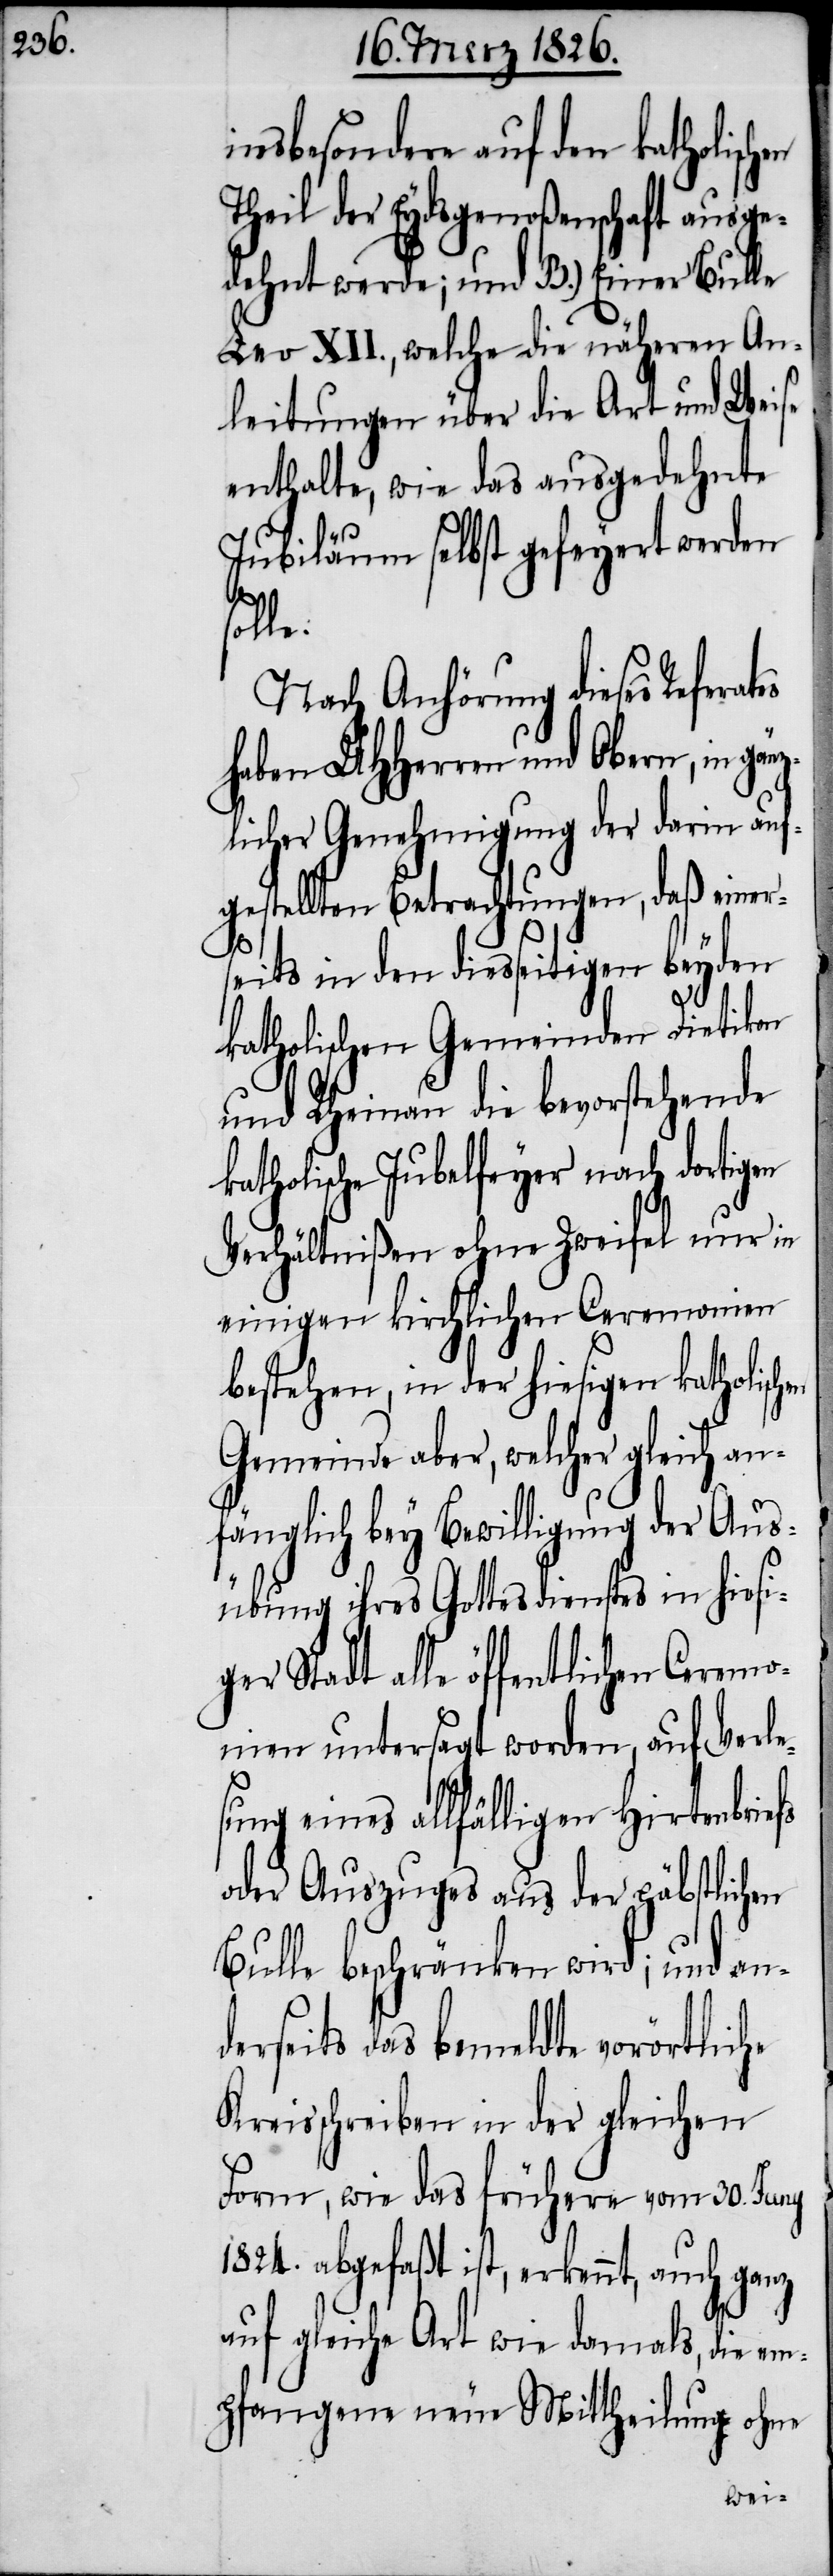
insbesondere auf den katholisch¬
Theil der Eydsgenoßenschaft ausge¬
dehnt werde; und B.) Einer Bulle
Leo XII., welche die näheren An¬
leitungen über die Art und Weise
enthalte, wie das ausgedehnte
Jubiläum selbst gefeyert werden
änz¬
Nach Anhörung dieses Referat¬
haben MHHerren und Obern, in g¬
licher Genehmigung der darin auf¬
gestellten Betrachtungen, daß einer¬
seits in den diesseitigen beyden
katholischen Gemeinden Dietikon
und Rheinau die bevorstehende
katholische Jubelfeyer nach dortigen
Verhältnißen ohne Zweifel nur in
einigen kirchlichen Ceremonien
bestehen, in der hiesigen katholisc¬
Gemeinde aber, welcher gleich an¬
fänglich bey Bewilligung der Aus¬
übung ihres Gottesdienstes in hiesi¬
ger Stadt alle öffentlichen Ceremo¬
nien untersagt worden, auf Verle¬
sung eines allfälligen Hirtenbriefs
oder Auszuges aus der päbstlichen
Bulle beschränken wird; und an¬
derseits das bemeldte vorörtliche
Kreisschreiben in der gleichen
Form, wie das frühere vom 30. Juny
1824. abgefaßt ist, erkennt, auch ganz
auf gleiche Art wie damals, die em¬
pfangene neue Mittheilung ohne
hen